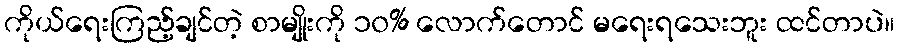
ကိုယ်ရေးကြည့်ချင်တဲ့ စာမျိုးကို ၁၀% လောက်တောင် မရေးရသေးဘူး ထင်တာပဲ။